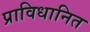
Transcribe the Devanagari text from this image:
प्राविधानित